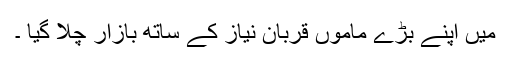
میں اپنے بڑے ماموں قربان نیاز کے ساتھ بازار چلا گیا ۔